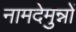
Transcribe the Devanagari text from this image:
नामदेमुन्नों